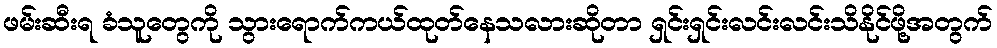
ဖမ်းဆီးရ ခံသူတွေကို သွားရောက်ကယ်ထုတ်နေသလားဆိုတာ ရှင်းရှင်းလင်းလင်းသိနိုင်ဖို့အတွက်